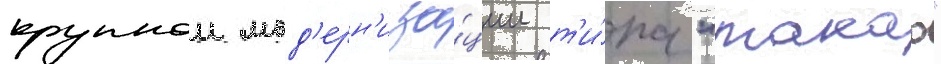
крупнои мод'ерн'иза́ции т'и́па "такао"